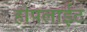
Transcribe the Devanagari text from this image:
होपलाईट